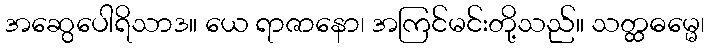
အဆွေပေါရိသာဒ။ ယေ ရာဇာနော၊ အကြင်မင်းတို့သည်။ သတ္ထဓမ္မေ၊